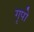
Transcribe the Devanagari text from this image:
गृपो